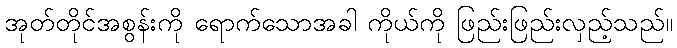
အုတ်တိုင်အစွန်းကို ရောက်သောအခါ ကိုယ်ကို ဖြည်းဖြည်းလှည့်သည်။